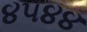
૪૫૪૪